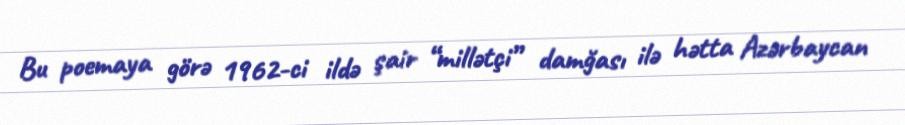
Bu poemaya görə 1962-ci ildə şair “millətçi” damğası ilə hətta Azərbaycan